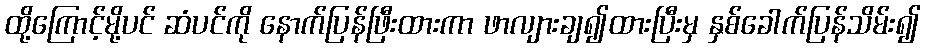
ထို့ကြောင့်မို့ပင် ဆံပင်ကို နောက်ပြန်ဖြီးထားကာ ဖာလျားချ၍ထားပြီးမှ နှစ်ခေါက်ပြန်သိမ်း၍